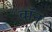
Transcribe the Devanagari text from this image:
वॉन्